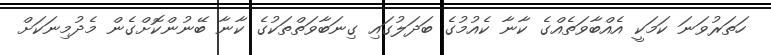
ހަތަރުވަނަ ކަމަކީ އެއްބާވަތެއްގެ ކާނާ ކެއުމުގެ ބަދަލުގައި ގިނަބާވަތްތަކުގެ ކާނާ ބޭނުންކޮށްގެން މެދުމިނަކަށް